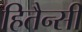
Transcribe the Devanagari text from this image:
हितैन्सी